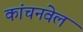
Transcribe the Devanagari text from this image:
कांचनवेल